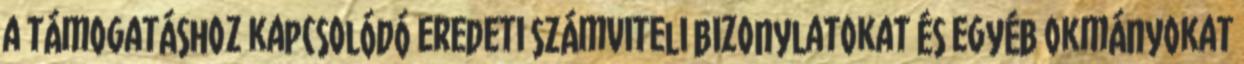
a támogatáshoz kapcsolódó eredeti számviteli bizonylatokat és egyéb okmányokat